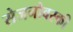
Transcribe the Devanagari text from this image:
सेजनोवस्की